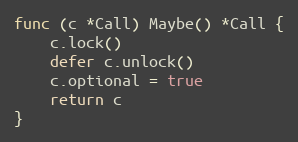
Language: Go
func (c *Call) Maybe() *Call {
	c.lock()
	defer c.unlock()
	c.optional = true
	return c
}